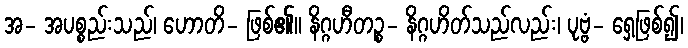
အ- အပစ္စည်းသည်၊ ဟောတိ- ဖြစ်၏။ နိဂ္ဂဟီတဉ္စ- နိဂ္ဂဟိတ်သည်လည်း၊ ပုဗ္ဗံ- ရှေ့ဖြစ်၍၊